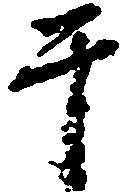
于